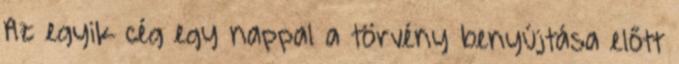
Az egyik cég egy nappal a törvény benyújtása előtt